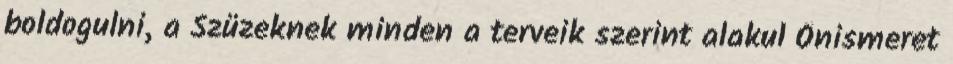
boldogulni, a Szüzeknek minden a terveik szerint alakul Önismeret